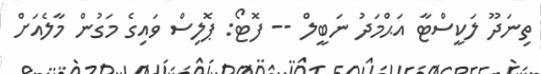
ތިނަދޫ ލަކީސްޓާ އަޙްމަދު ނަބީލް -- ފޮޓޯ: ޕޮލިސް ވައިގެ މަގުން މާލެއަށް